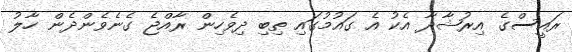
ރައީސްގެ އިރުޝާދާ އެކު އެ ގައުމުގައި ތިބި ދިވެހިން ރާއްޖެ ގެނެވެންދެން ހާލު